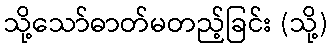
သို့သော်ဓာတ်မတည့်ခြင်း (သို့)